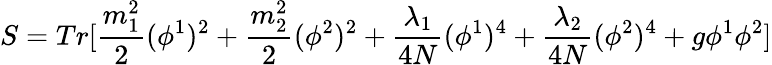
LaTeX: S=Tr[\frac{m_{1}^{2}}{2}(\phi^{1})^{2}+\frac{m_{2}^{2}}{2}(\phi^{2})^{2}+\frac{\lambda_{1}}{4N}(\phi^{1})^{4}+\frac{\lambda_{2}}{4N}(\phi^{2})^{4}+g\phi^{1}\phi^{2}]